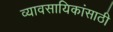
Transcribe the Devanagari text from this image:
व्यावसायिकांसाठी